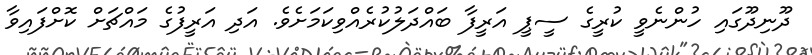
ދޫނިދޫގައި ހުންނެވީ ކުރީގެ ސީޕީ އަރީފާ ބައްދަލުކުރެއްވިކަމަށެވެ. އަދި އަރީފުގެ މައްޗަށް ކޮށްފައިވާ